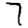
Digit: 7